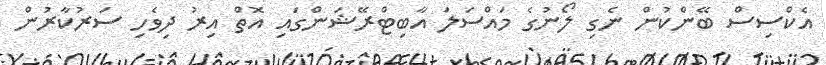
އެކްސިސް ބޭންކުން ނެގި ލޯނުގެ މައްސަލަ އާބިޓްރޭޝަންގައި އޮތް އިރު ދިވެހި ސަރުކާރުން